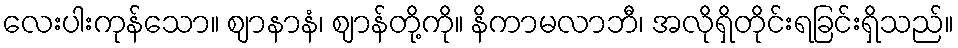
လေးပါးကုန်သော။ ဈာနာနံ၊ ဈာန်တို့ကို။ နိကာမလာဘီ၊ အလိုရှိတိုင်းရခြင်းရှိသည်။